Bréfritari: Sigríður Pálsdóttir
Viðtakandi: Páll Pálsson
Dagsetning: A-1841-04-29
Skrifað á: Síðumúla  Mýr.
Páll var bróðir Sigríðar

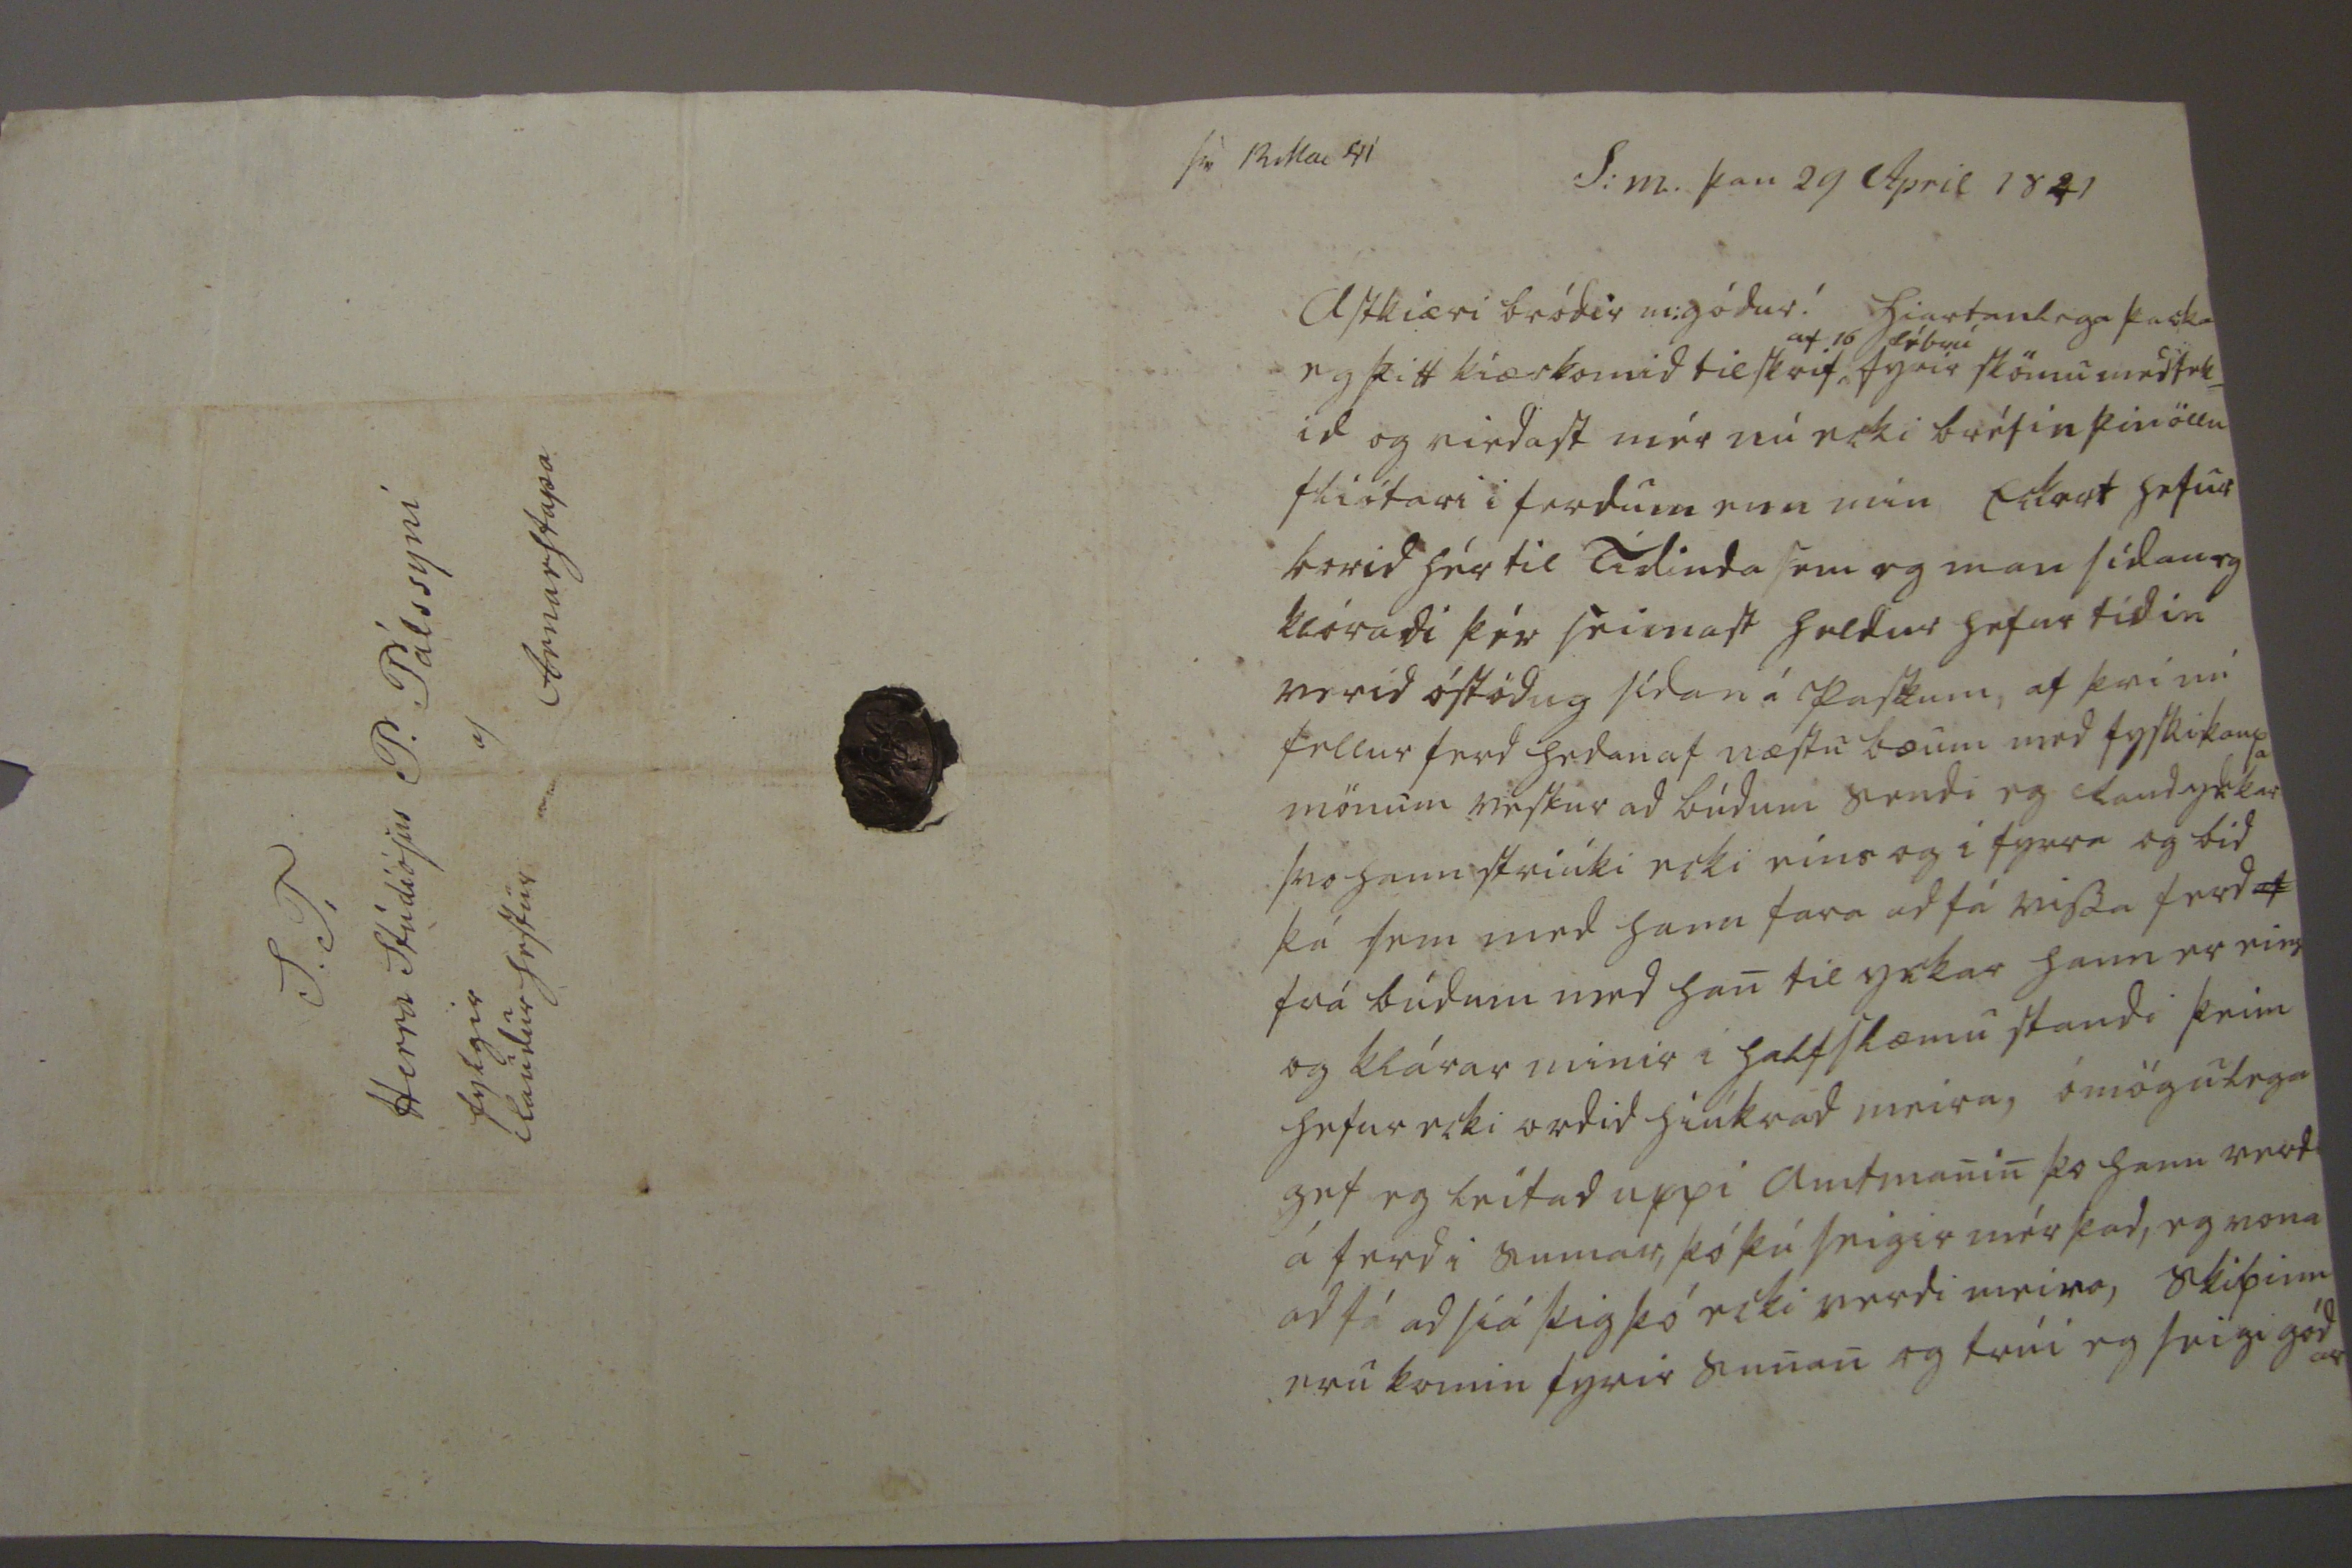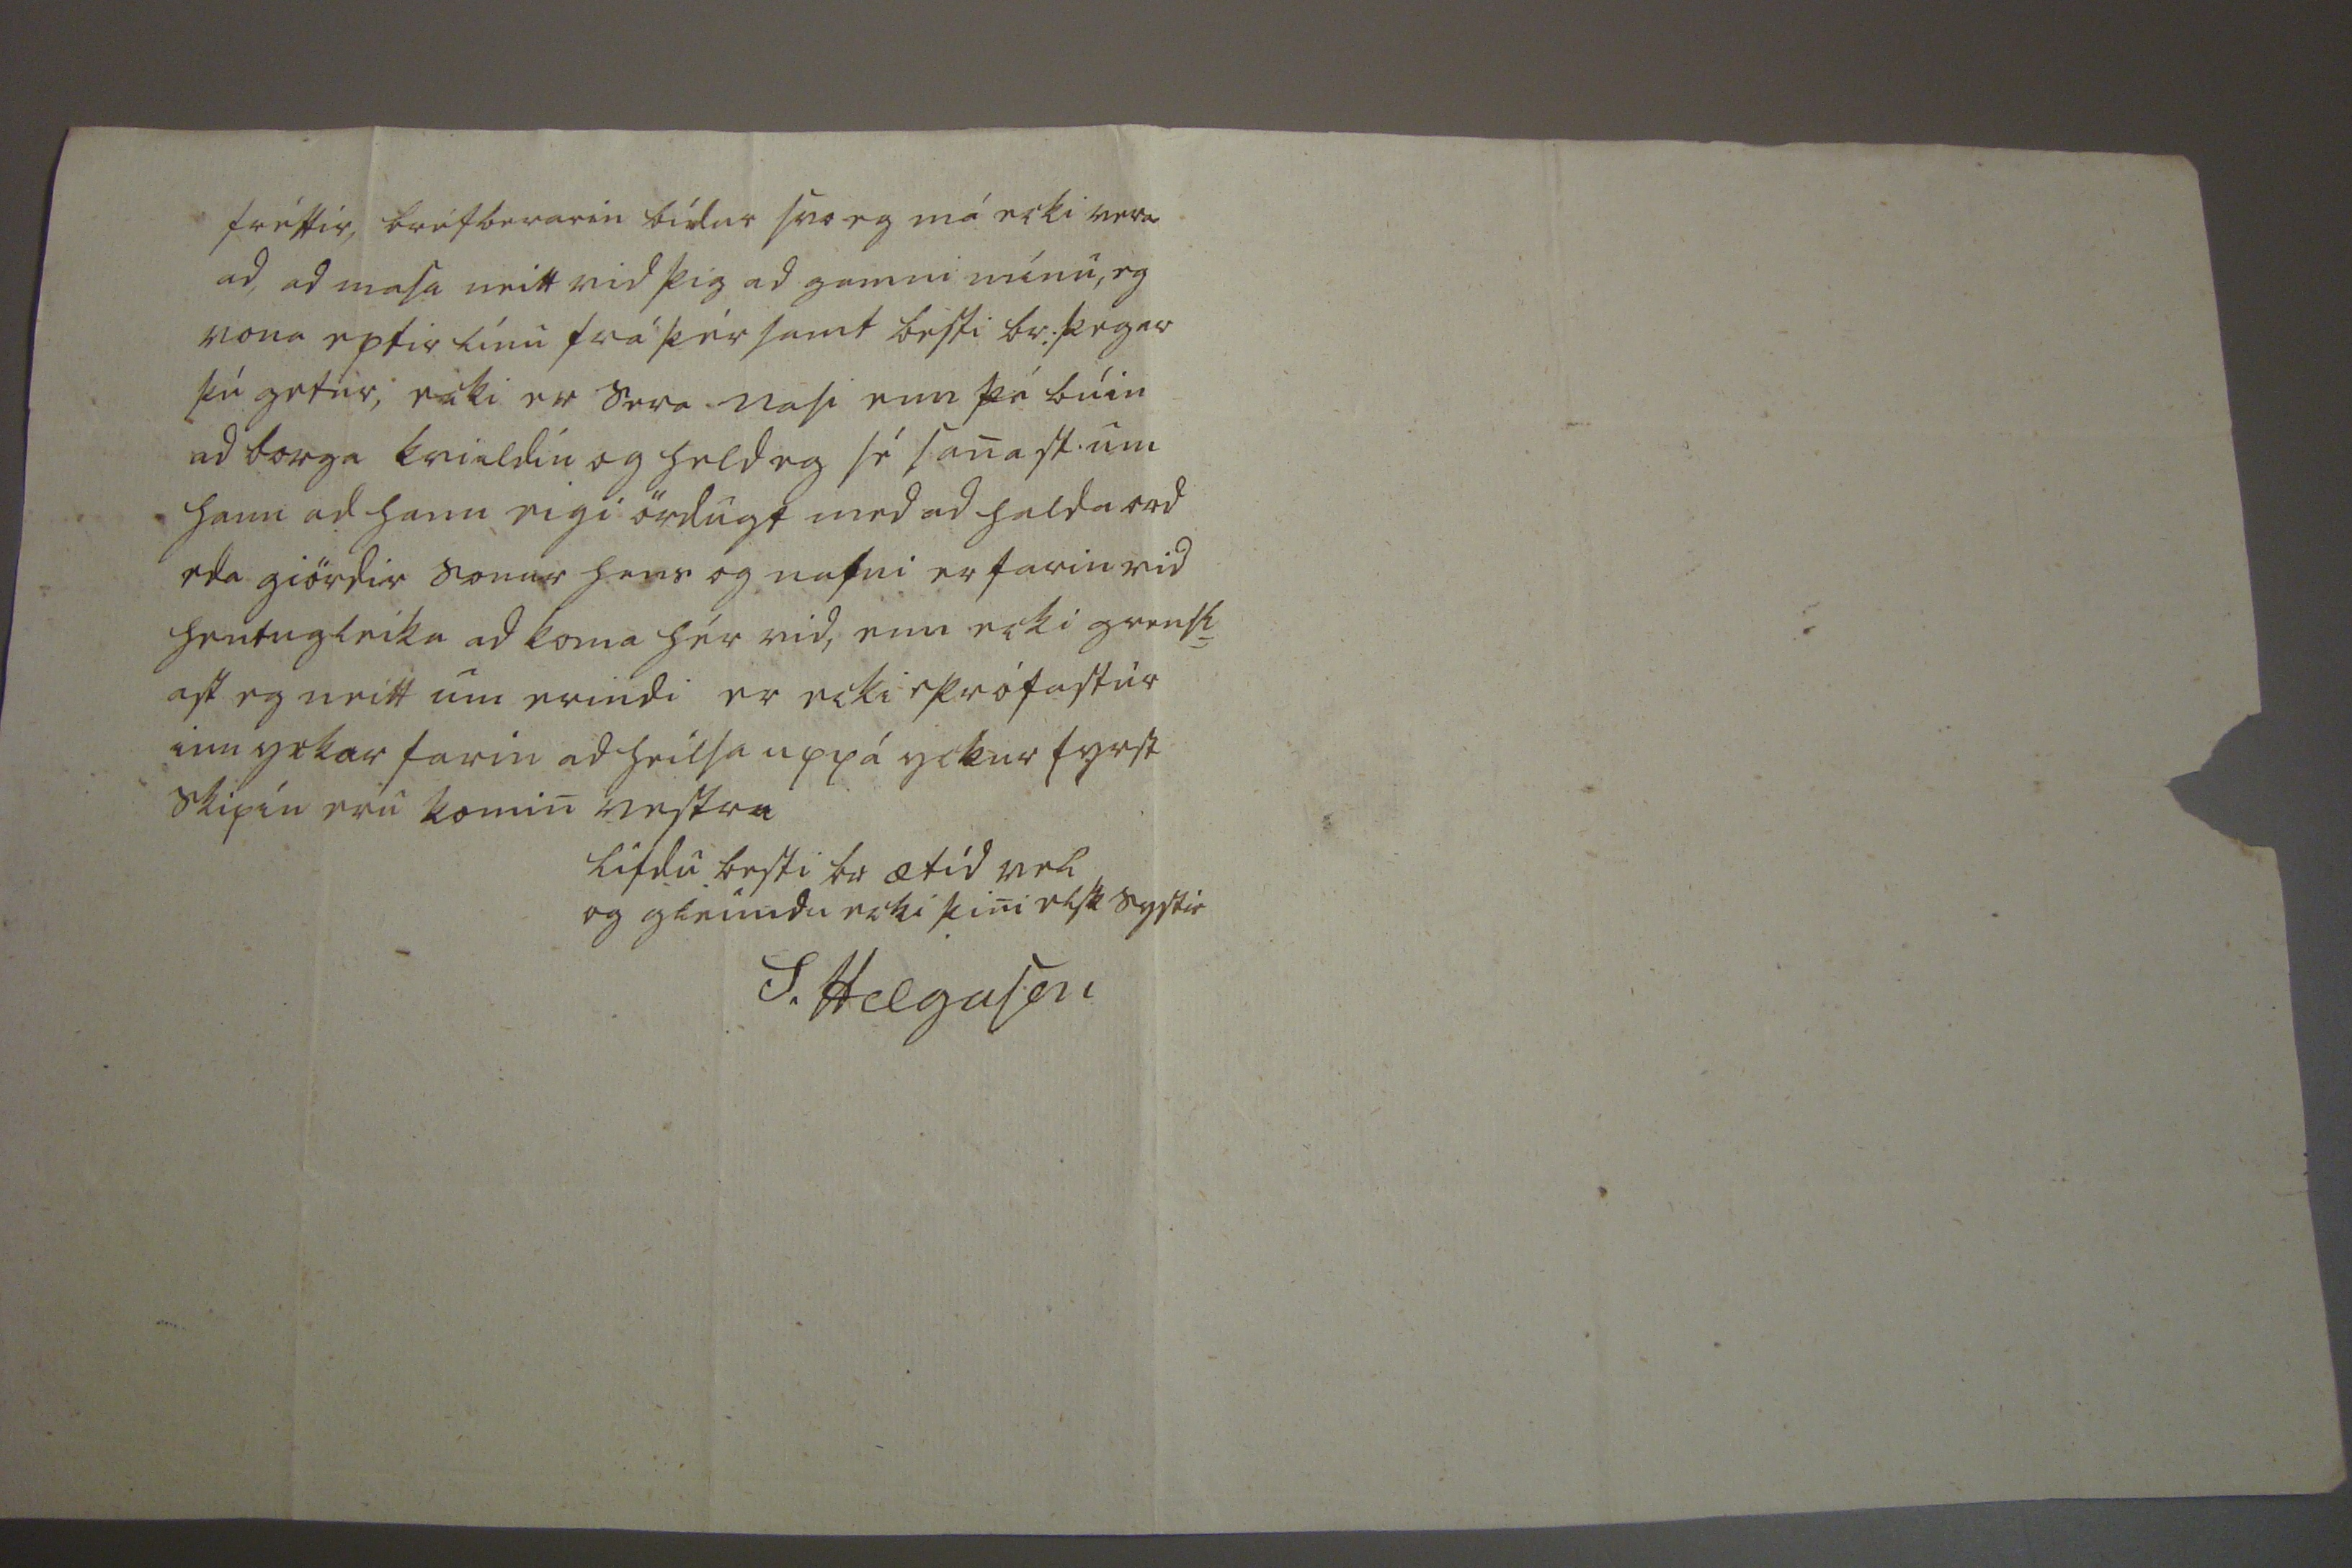

sv 12 Mai 41 S:m: þan 29 April 1841
Ástkiæri bródir m:gódur! hiartanlega þacka eg þitt kiærkomid tilskrif
af 16 fébrú
fyrir skömu medtek= id og virdast mér nú ecki bréfin þin öllu fliótari i ferdum enn min Eckert hefur borid hér til tídinda sem eg man sídan eg klóradi þér seinast heldur hefur tídin verid óstödug sídan á Paskum, af þvi nú fellur ferd hedan af næstu bæum med fyskikaupa mönum vestur ad búdum sendi eg land yckar svo hann striúki ecki eins og i fyrra og bid þá sem med hann fara ad fá vissa ferd
af
frá búdum med han til yckar hann er eins og klárar minir i halfslæmu standi þeim hefur ecki ordid hiúkrad meira, ómögulega get eg leitad uppi amtmanin þo hann verdi á ferd i sumar, þó þú seigir mér þad, eg vona ad fá ad siá þig þó ecki verdi meira, skipinn eru komin fyrir sunan og trúi eg seigi gódar
fréttir, bréfberarin bídur svo eg má ecki era ad ad masa neitt vid þig ad gamni mínu, eg vona eptir línu frá þér samt besti br: þegar þú getur, ecki er sera Nasi enn þá búin ad borga
kvialdin
og held eg sé sanast um hann ad hann eigi ördugt med ad halda ord eda giördir sonur hans og nafni er farin vid hentugleika ad koma hér vid, enn ecki grensl= ast eg neitt um erindi er ecki prófastur inn yckar farin ad heilsa upp á yckur fyrst skipin eru komin vestur
lifdu besti br ætíd vel og gleimdu ecki þini elsk systir
S. Helgason
S.T. Herra Stúdíósus P. Pálssyni af Arnarstapa fylgir Raudur hestur